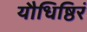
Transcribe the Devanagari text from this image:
यौधिष्ठिरं